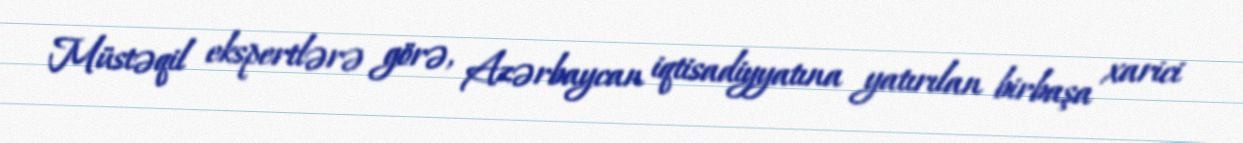
Müstəqil ekspertlərə görə, Azərbaycan iqtisadiyyatına yatırılan birbaşa xarici